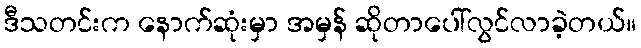
ဒီသတင်းက နောက်ဆုံးမှာ အမှန် ဆိုတာပေါ်လွင်လာခဲ့တယ်။